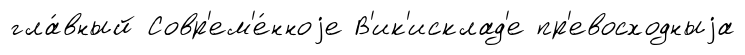
гла́вный Совр'ем'е́нноjе В'ик'исклад'е пр'евосходныjа